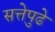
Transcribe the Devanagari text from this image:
सत्तेपुढे